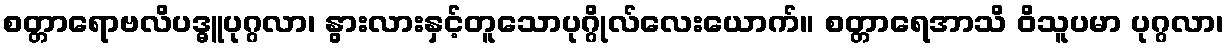
စတ္တာရောဗလိပဒ္ဓူပုဂ္ဂလာ၊ နွားလားနှင့်တူသောပုဂ္ဂိုလ်လေးယောက်။ စတ္တာရေအာသိ ဝိသူပမာ ပုဂ္ဂလာ၊